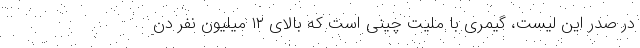
در صدر این لیست، گیمری با ملیت چینی است که بالای ۱۲ میلیون نفر دن